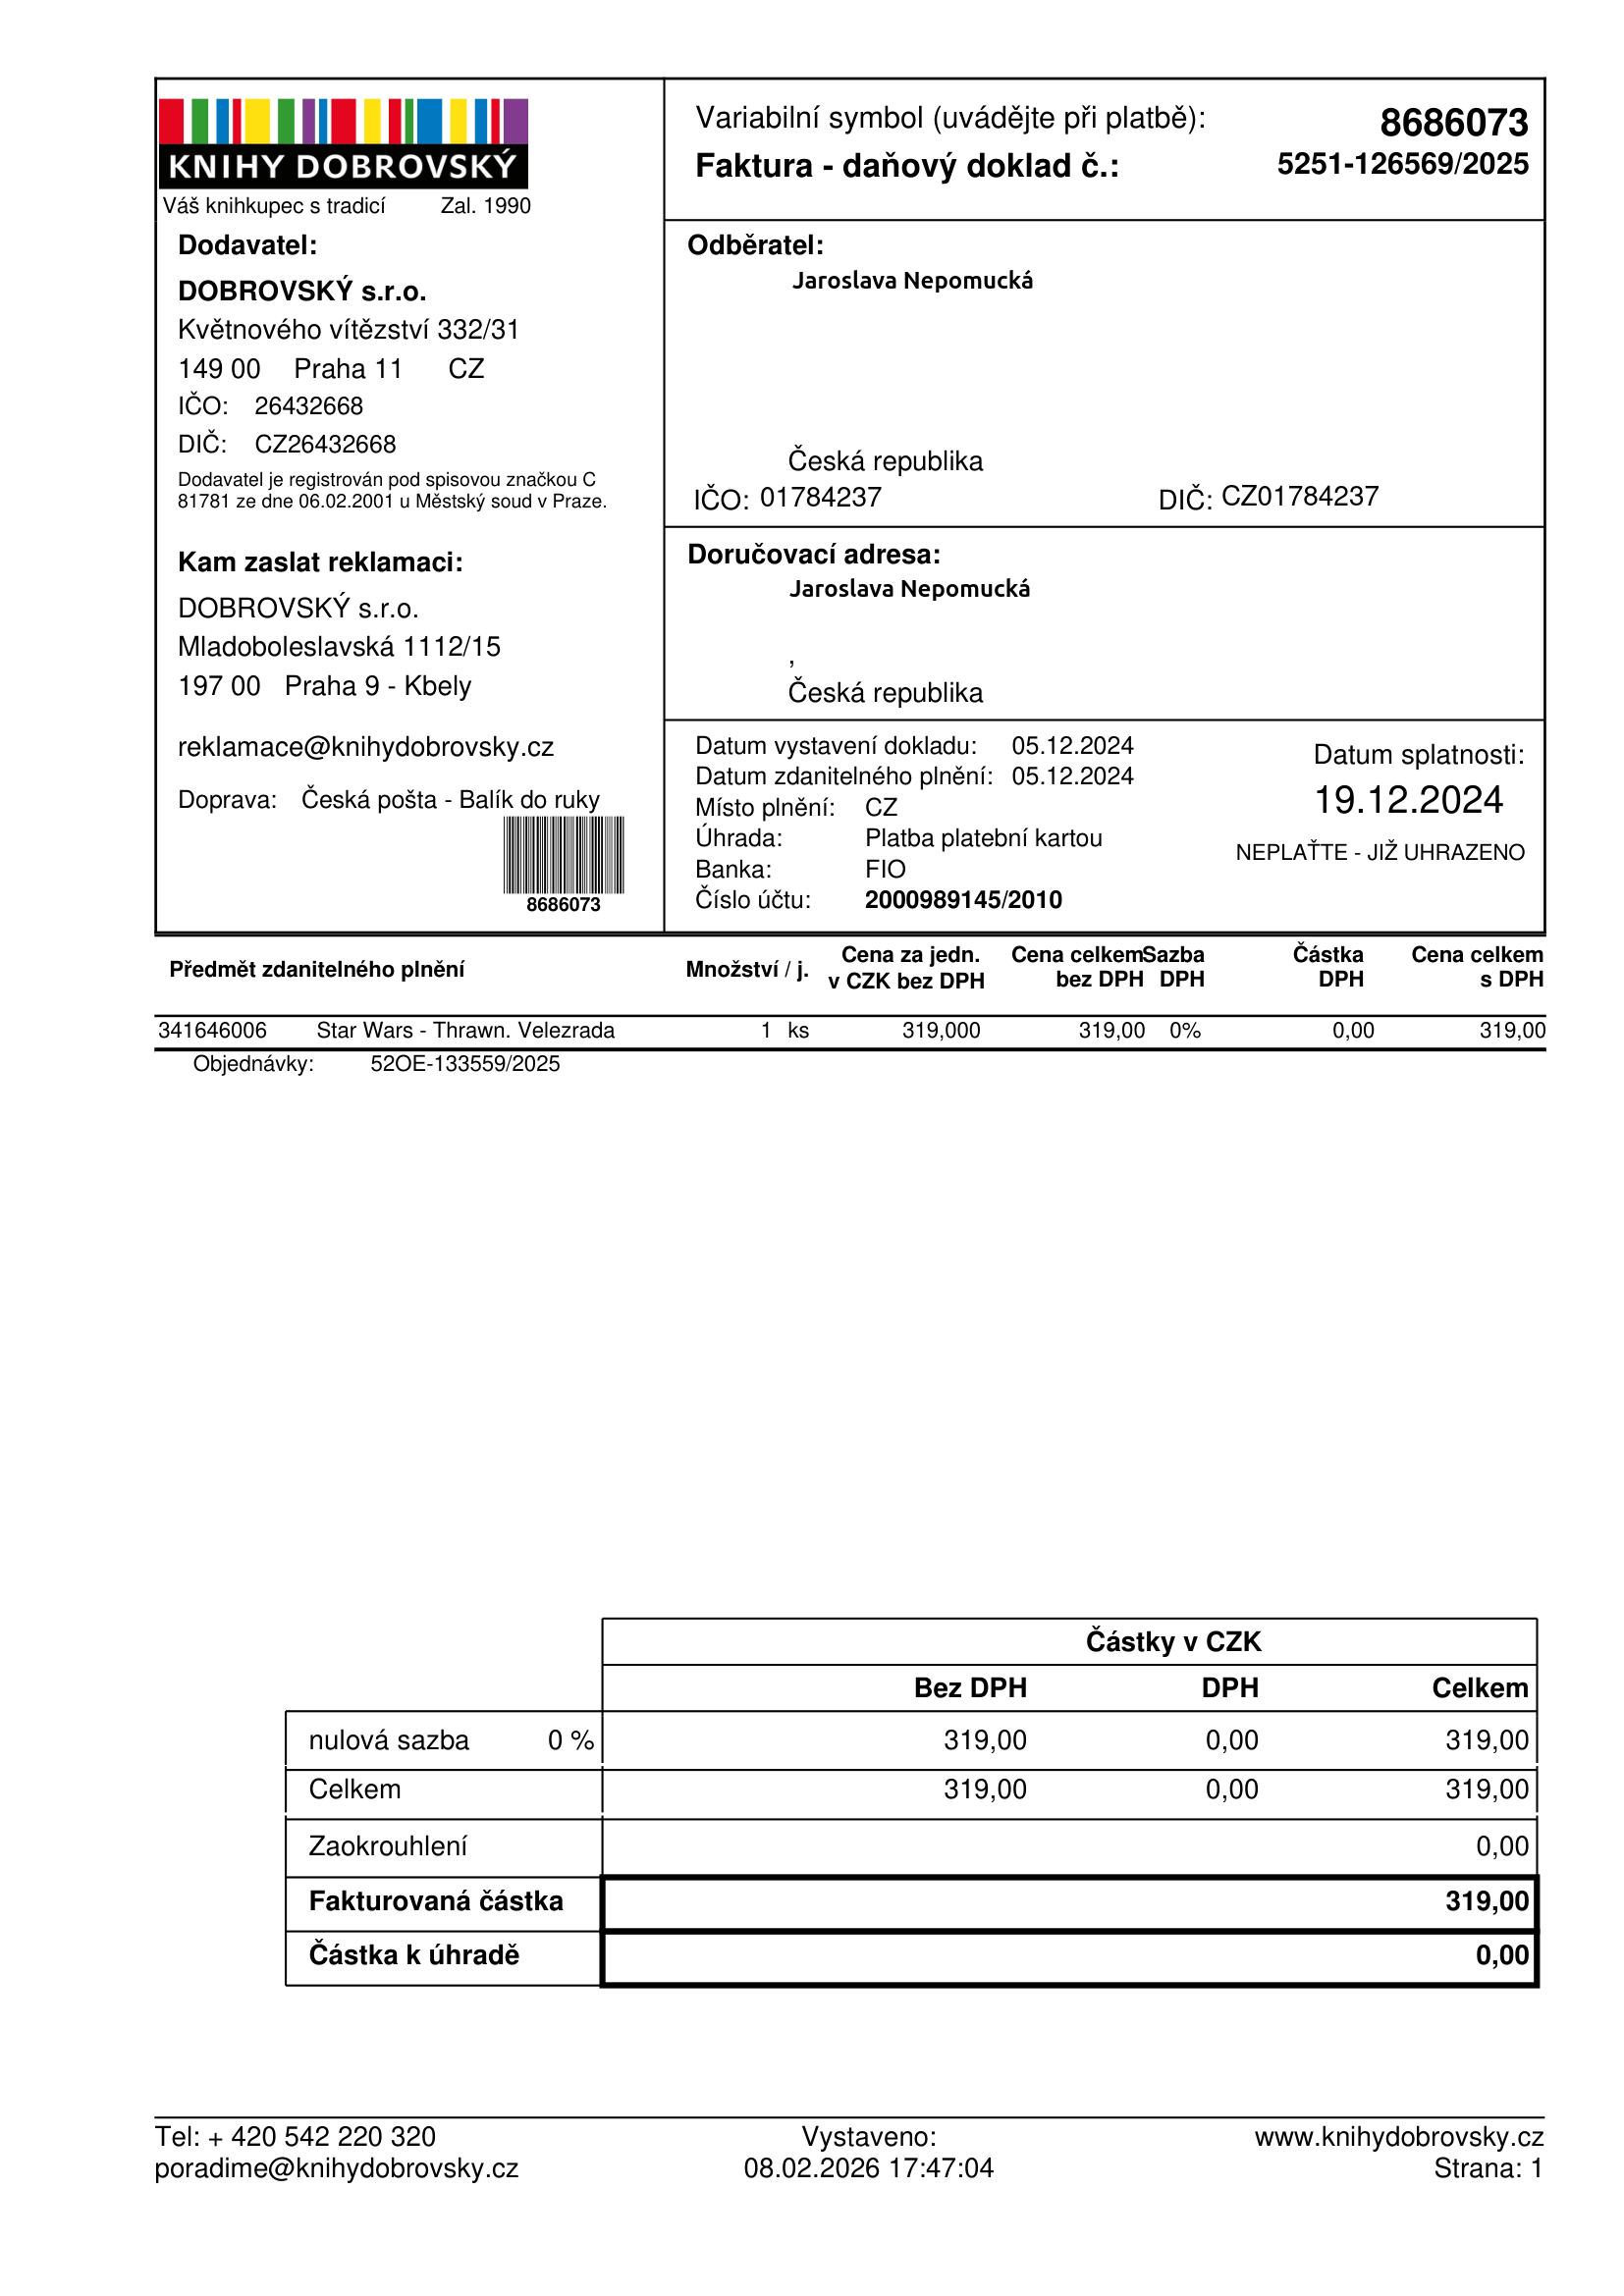
invoice_number: 5251-126569/2025
supp_register_id: 26432668
supp_tax_id: CZ26432668
cust_register_id: 01784237
cust_tax_id: CZ01784237
issue_date: 05.12.2024
taxable_supply_date: 05.12.2024
due_date: 19.12.2024
payment_type: Platba platební kartou
bank_account_number: 2000989145/2010
variable_symbol: 8686073
total: 319,00